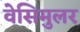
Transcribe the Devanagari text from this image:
वेसिमुलर